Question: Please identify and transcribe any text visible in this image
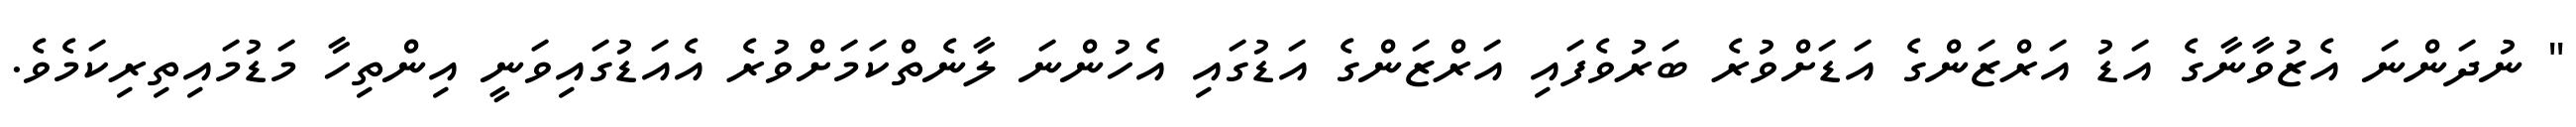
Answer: " ނުދަންނަ އެޒުވާނާގެ އަޑު އަރްޒަންގެ އަޑަށްވުރެ ބަރުވެފައި އަރްޒަންގެ އަޑުގައި އެހުންނަ ލާނެތްކަމަށްވުރެ އެއަޑުގައިވަނީ އިންތިހާ މަޑުމައިތިރިކަމެވެ.